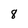
Character: 8